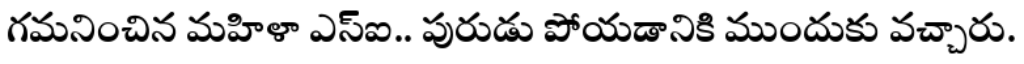
గమనించిన మహిళా ఎస్ఐ.. పురుడు పోయడానికి ముందుకు వచ్చారు.